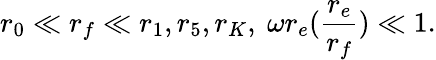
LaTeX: r_{0}\ll r_{f}\ll r_{1},r_{5},r_{K},\ \omega r_{e}(\frac{r_{e}}{r_{f}})\ll 1.